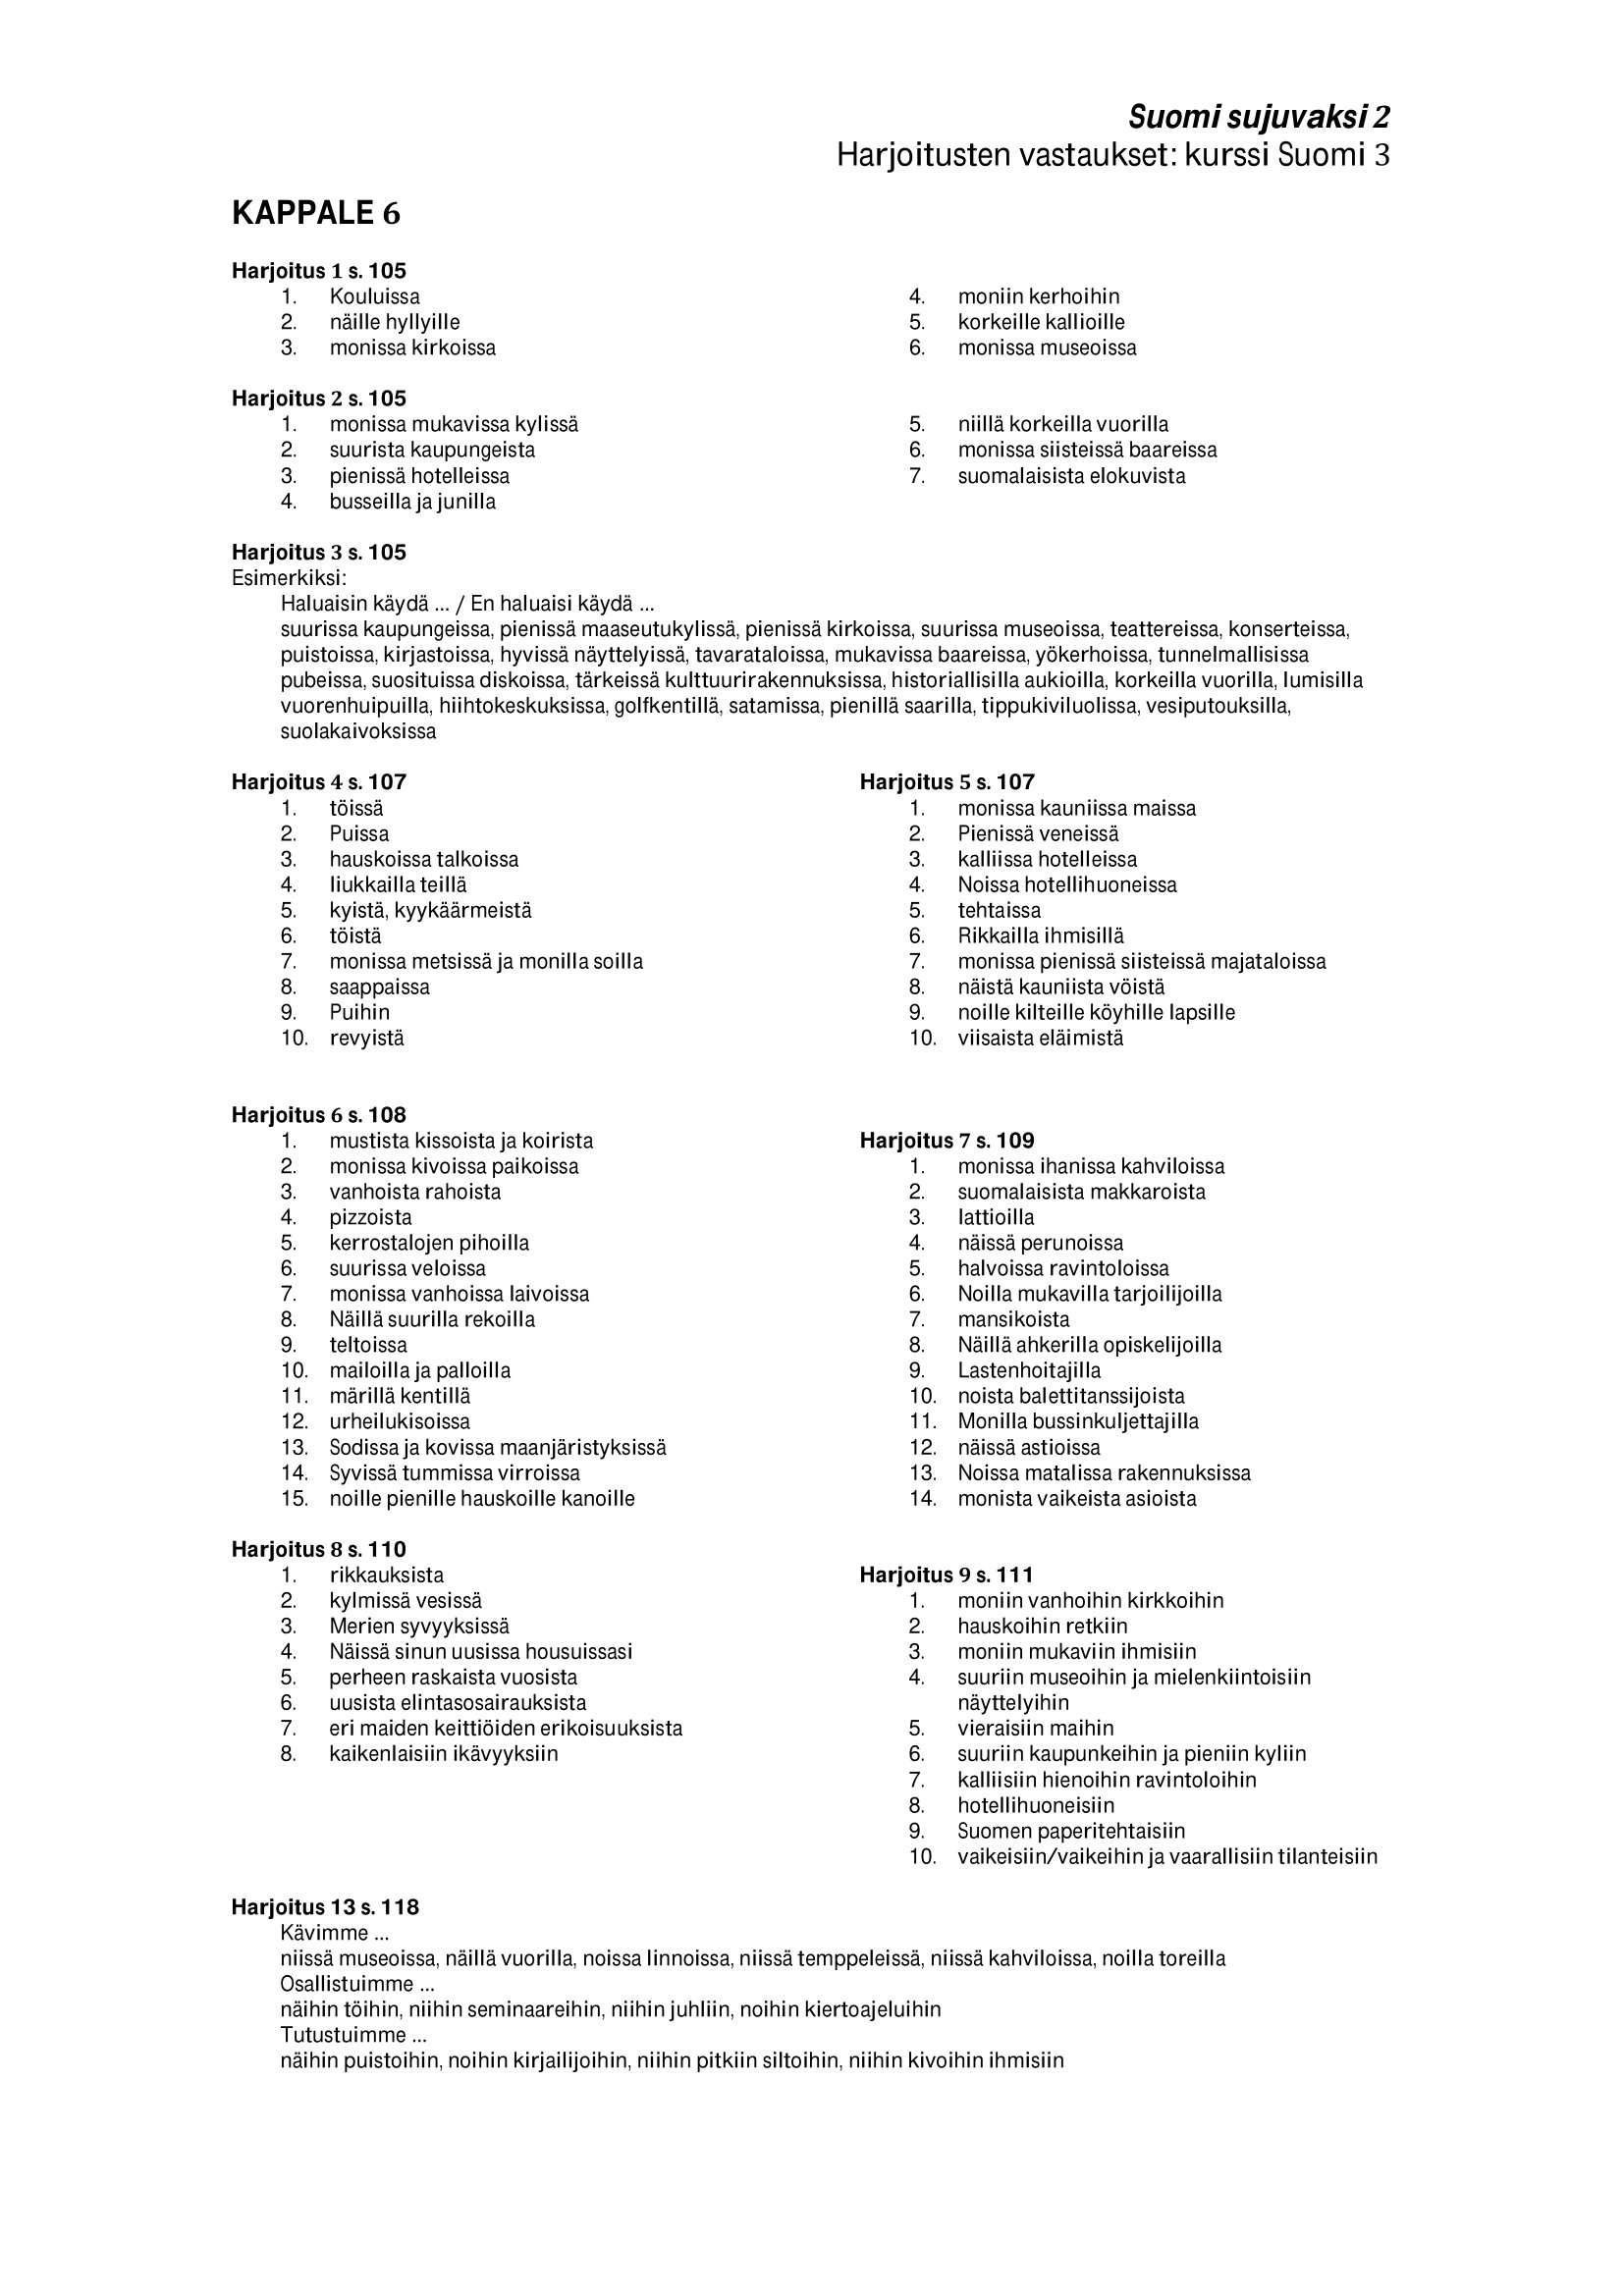
Language: fn